Indian journal of veterinary science and animal husbandry - Volumes 24-25, 1954-1955
Year: 1954
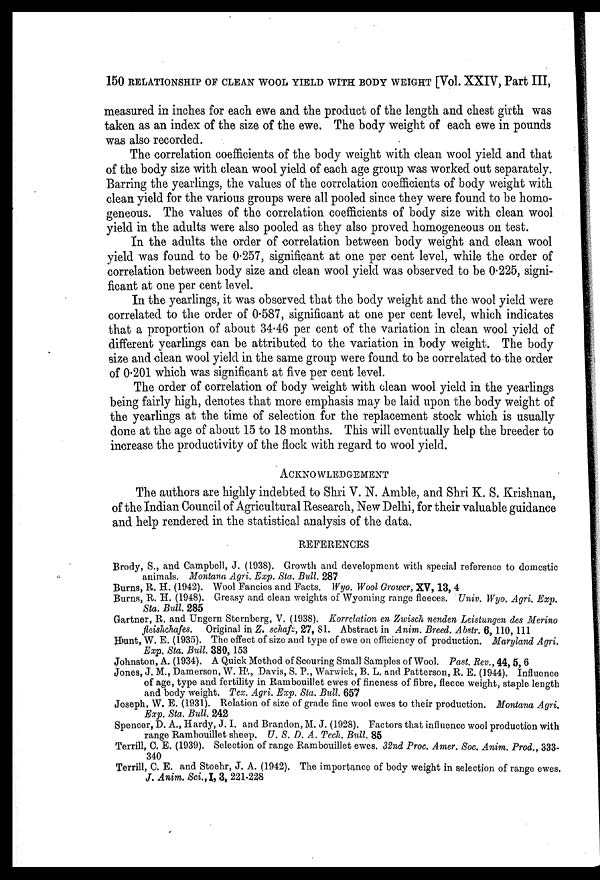
150 RELATIONSHIP OFCLEAN WOOL YIELD WITH BODY WEIGHT [Vol. XXIV, Part III,
measured in inches for each ewe and the product of the length and chest girth was
taken as an index of the size of the ewe. The body weight of each ewe in pounds
was also recorded.
The correlation coefficients of the body weight with clean wool yield and that
of the body size with clean wool yield of each age group was worked out separately.
Barring the yearlings, the values of the correlation coefficients of body weight with
clean yield for the various groups were all pooled since they were found to be homo-
geneous. The values of the correlation coefficients of body size with clean wool
yield in the adults were also pooled as they also proved homogeneous on test.
In the adults the order of correlation between body weight and clean wool
yield was found to be 0.257, significant at one per cent level, while the order of
correlation between body size and clean wool yield was observed to be 0.225, signi-
ficant at one per cent level.
In the yearlings, it was observed that the body weight and the wool yield were
correlated to the order of 0.587, significant at one per cent level, which indicates
that a proportion of about 34.46 per cent of the variation in clean wool yield of
different yearlings can be attributed to the variation in body weight. The body
size and clean wool yield in the same group were found to be correlated to the order
of 0.201 which was significant at five per cent level.
The order of correlation of body weight with clean wool yield in the yearlings
being fairly high, denotes that more emphasis may be laid upon the body weight of
the yearlings at the time of selection for the replacement stock which is usually
done at the age of about 15 to 18 months. This will eventually help the breeder to
increase the productivity of the flock with regard to wool yield.
ACKNOWLEDGEMENT
The authors are highly indebted to Shri V. N. Amble, and Shri K. S. Krishnan,
of the Indian Council of Agricultural Research, New Delhi, for their valuable guidance
and help rendered in the statistical analysis of the data.
REFERENCES
Brody, S., and Campbell, J. (1938). Growth and development with special reference to domestic
animals. Montana Agri. Exp. Sta. Bull. 287
Burns, R. H. (1942). Wool Fancies and Facts. Wyo. Wool Grower, XV, 13, 4
Burns, R. H. (1948). Greasy and clean weights of Wyoming range fleeces. Univ. Wyo. Agri. Exp.
Sta. Bull. 285
Gartner, R. and Ungern Sternberg, V. (1938). Korrelation en Zwisch nenden Leistungen des Merino
fleishchafes. Original in Z. schafz, 27, 81. Abstract in Anim. Breed. Abstr. 6, 110, 111
Hunt, W. E. (1935). The effect of size and type of ewe on efficiency of production. Maryland Agri.
Exp. Sta. Bull. 380, 153
Johnston, A. (1934). A Quick Method of Scouring Small Samples of Wool. Past. Rev., 44, 5, 6
Jones, J. M., Damerson, W. H., Davis, S. P., Warwick, B. L. and Patterson, R. E. (1944). Influence
of age, type and fertility in Rambouillet ewes of fineness of fibre, fleece weight, staple length
and body weight. Tex. Agri. Exp. Sta. Bull. 657
Joseph, W. E. (1931). Relation of size of grade fine wool ewes to their production. Montana Agri.
Exp. Sta. Bull. 242
Spencer, D. A., Hardy, J. I. and Brandon, M. J. (1928). Factors that influence wool production with
range Rambouillet sheep. U. S. D. A. Tech. Bull. 85
Terrill, C. E. (1939). Selection of range Rambouillet ewes. 32nd Proc. Amer. Soc. Anim. Prod., 333-
340
Terrill, C. E. and Stoehr, J. A. (1942). The importance of body weight in selection of range ewes.
J. Anim.. Sci., I, 3, 221-228